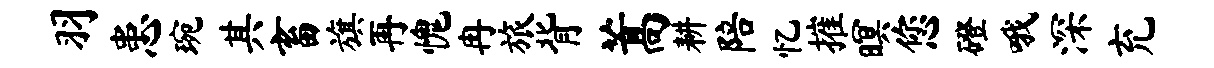
羽患琬其畜旗再愧冉旅背蒿耕陪忆摧暝您磴哦深充